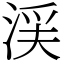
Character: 渓